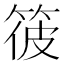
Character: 𥭪